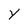
Character: Y